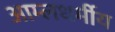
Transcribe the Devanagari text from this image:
आम्लधर्मीय